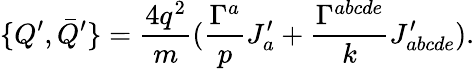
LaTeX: \{ Q^{\prime},\bar{Q}^{\prime}\} =\frac{4q^{2}}{m}(\frac{\Gamma^{a}}{p}J_{a}^{\prime}+\frac{\Gamma^{abcde}}{k}J_{abcde}^{\prime}).